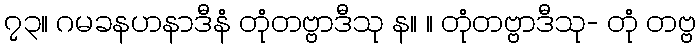
၇၃။ ဂမခနဟနာဒီနံ တုံတဗ္ဗာဒီသု န။ ။ တုံတဗ္ဗာဒီသု- တုံ တဗ္ဗ